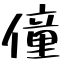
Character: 僮